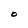
Character: O